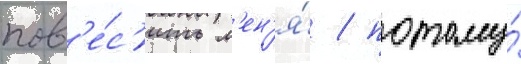
пов'е́с'ить м'ен'я́ / потому́